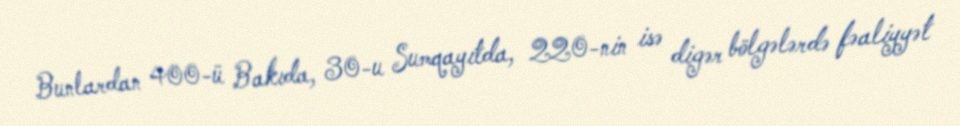
Bunlardan 400-ü Bakıda, 30-u Sumqayıtda, 220-nin isə digər bölgələrdə fəaliyyət